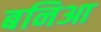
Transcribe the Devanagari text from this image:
बनिआ